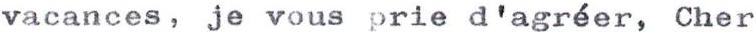
vacances, je vous prie d'agréer, Cher